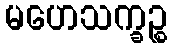
မဟေသက္ခဉ္စ